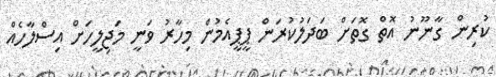
ކުރިން ގާނޫނު އޮތް ގޮތަށް ބަދަލުކުރަން ޕީޕީއެމުން މިހާރު ވަނީ މަޖިލީހަށް އިސްލާހެއް